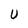
Character: U